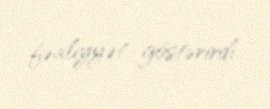
fəaliyyət göstərirdi.